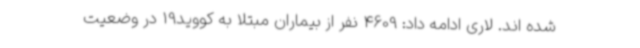
شده اند. لاری ادامه داد: 4609 نفر از بیماران مبتلا به کووید19 در وضعیت